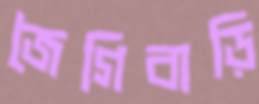
জৈগিবাড়ি